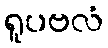
ရူပဗလံ